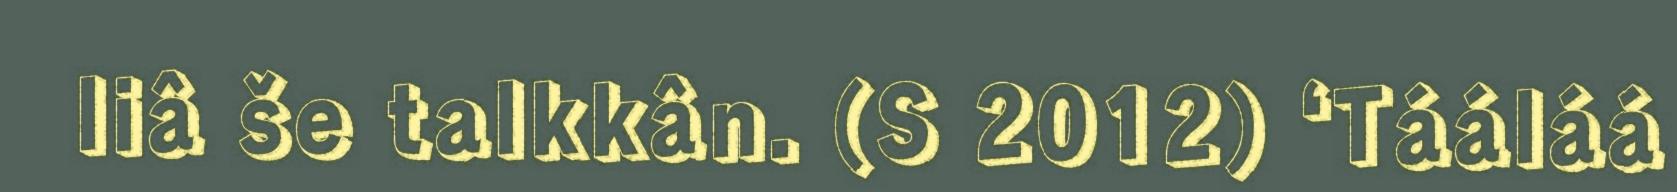
liâ še talkkân. (S 2012) ‘Tááláá